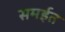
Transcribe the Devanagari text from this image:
समईत